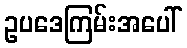
ဥပဒေကြမ်းအပေါ်